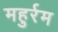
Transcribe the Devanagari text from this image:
महुर्रम